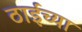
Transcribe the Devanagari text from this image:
ठाईच्या